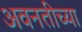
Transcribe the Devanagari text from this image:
अवनतीच्या